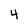
Character: 4